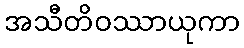
အသီတိဝဿာယုကာ